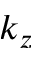
k _ { z }